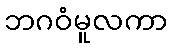
ဘဂဝံမူလကာ